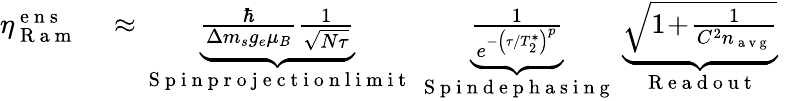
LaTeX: \begin{array}{rl}{\eta_{\mathrm{~R~a~m~}}^{\mathrm{~e~n~s~}}}&{{}\approx\underbrace{\frac{\hbar}{\Delta m_{s}g_{e}\mu_{B}}\frac{1}{\sqrt{N\tau}}}_{\mathrm{~S~p~i~n~p~r~o~j~e~c~t~i~o~n~l~i~m~i~t~}}\; \underbrace{\frac{1}{e^{-\left(\tau/T_{2}^{*}\right)^{p}}}}_{\mathrm{~S~p~i~n~d~e~p~h~a~s~i~n~g~}}\; \underbrace{\sqrt{1\! +\! \frac{1}{C^{2}n_{\mathrm{~a~v~g~}}}}}_{\mathrm{~R~e~a~d~o~u~t~}}\; }\end{array}